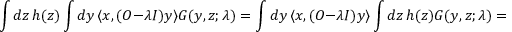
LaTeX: \int d z \, h ( z ) \int d y \, \langle x , ( O - \lambda I ) y \rangle G ( y , z ; \lambda ) = \int d y \, \langle x , ( O - \lambda I ) y \rangle \int d z \, h ( z ) G ( y , z ; \lambda ) = h ( x ) ,